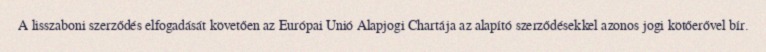
A lisszaboni szerződés elfogadását követően az Európai Unió Alapjogi Chartája az alapító szerződésekkel azonos jogi kötőerővel bír.